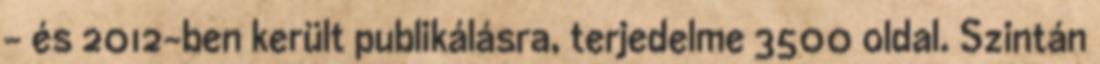
- és 2012-ben került publikálásra, terjedelme 3500 oldal. Szintán